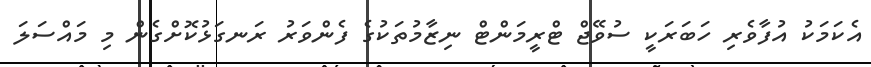
އެކަމަކު އުފާވެރި ހަބަރަކީ ސުވޭޖް ޓްރީމަންޓް ނިޒާމުތަކުގެ ފެންވަރު ރަނގަޅުކޮށްގެން މި މައްސަލަ